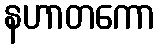
နဟာတကော